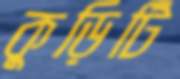
কুড়িটি